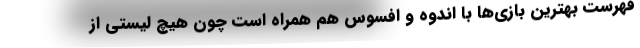
فهرست بهترین بازی‌ها با اندوه و افسوس هم همراه است چون هیچ لیستی از